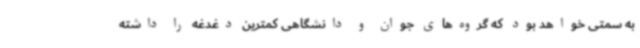
به سمتی خواهد بود که گروه‌های جوان و دانشگاهی کمترین دغدغه را داشته